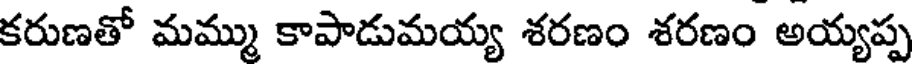
కరుణతో మమ్ము కాపాడుమయ్య శరణం శరణం అయ్యప్ప